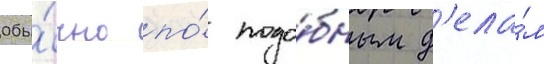
Обы́чно по́ подо́бным д'ела́м